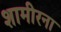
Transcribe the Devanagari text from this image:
शामीरना